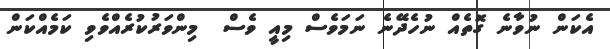
އެކަން ނުވާނެ ގޮތެއް ނުހެދޭނެ ނަމަވެސް މިއީ ވެސް  މިންވަރުކުރެއްވެވި ކަމެއްކަން